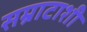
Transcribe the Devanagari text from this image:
सम्राटाशी